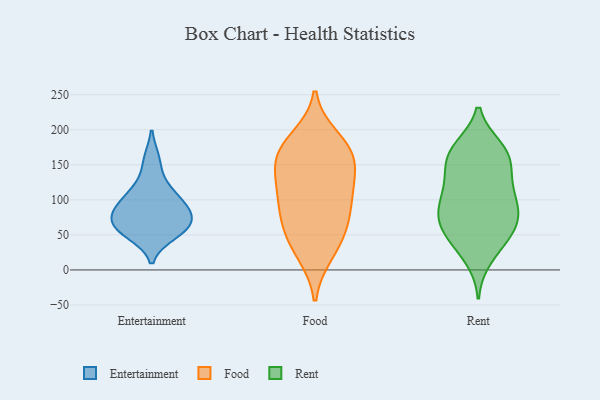
{"axis": {"x": "Website Visitors", "y": "Value"}, "legend": ["Entertainment", "Food", "Rent"], "data": [{"x": "", "y": 58, "type": "Entertainment"}, {"x": "", "y": 104, "type": "Entertainment"}, {"x": "", "y": 65, "type": "Entertainment"}, {"x": "", "y": 85, "type": "Entertainment"}, {"x": "", "y": 51, "type": "Entertainment"}, {"x": "", "y": 62, "type": "Entertainment"}, {"x": "", "y": 80, "type": "Entertainment"}, {"x": "", "y": 91, "type": "Entertainment"}, {"x": "", "y": 157, "type": "Entertainment"}, {"x": "", "y": 119, "type": "Entertainment"}, {"x": "", "y": 96, "type": "Food"}, {"x": "", "y": 163, "type": "Food"}, {"x": "", "y": 32, "type": "Food"}, {"x": "", "y": 114, "type": "Food"}, {"x": "", "y": 173, "type": "Food"}, {"x": "", "y": 126, "type": "Food"}, {"x": "", "y": 166, "type": "Food"}, {"x": "", "y": 160, "type": "Food"}, {"x": "", "y": 64, "type": "Food"}, {"x": "", "y": 124, "type": "Food"}, {"x": "", "y": 24, "type": "Food"}, {"x": "", "y": 187, "type": "Food"}, {"x": "", "y": 78, "type": "Food"}, {"x": "", "y": 62, "type": "Food"}, {"x": "", "y": 172, "type": "Rent"}, {"x": "", "y": 56, "type": "Rent"}, {"x": "", "y": 174, "type": "Rent"}, {"x": "", "y": 38, "type": "Rent"}, {"x": "", "y": 169, "type": "Rent"}, {"x": "", "y": 59, "type": "Rent"}, {"x": "", "y": 72, "type": "Rent"}, {"x": "", "y": 114, "type": "Rent"}, {"x": "", "y": 159, "type": "Rent"}, {"x": "", "y": 40, "type": "Rent"}, {"x": "", "y": 140, "type": "Rent"}, {"x": "", "y": 105, "type": "Rent"}, {"x": "", "y": 136, "type": "Rent"}, {"x": "", "y": 86, "type": "Rent"}, {"x": "", "y": 17, "type": "Rent"}, {"x": "", "y": 85, "type": "Rent"}, {"x": "", "y": 116, "type": "Rent"}, {"x": "", "y": 84, "type": "Rent"}, {"x": "", "y": 72, "type": "Rent"}, {"x": "", "y": 165, "type": "Rent"}]}